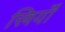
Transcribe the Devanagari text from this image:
स्त्रियॉँ